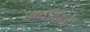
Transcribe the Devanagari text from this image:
सर्वविद्युत